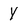
Character: Y